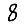
Digit: 8